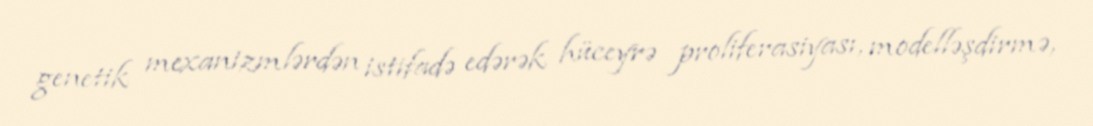
genetik mexanizmlərdən istifadə edərək hüceyrə proliferasiyası, modelləşdirmə,